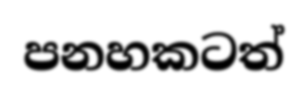
පනහකටත්